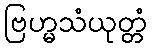
ဗြဟ္မသံယုတ္တံ